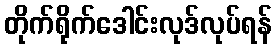
တိုက်ရိုက်ဒေါင်းလုဒ်လုပ်ရန်